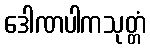
ဒေါဏပါကသုတ္တံ